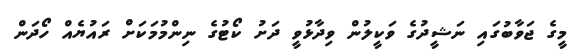
މީގެ ޖަވާބުގައި ނަޝީދުގެ ވަކީލުން ވިދާޅުވީ ދަށު ކޯޓުގެ ނިންމުމަކަށް ރައުޔެއް ހޯދަން